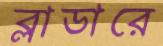
ব্লাডারে